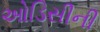
ઓડિસીની